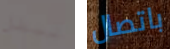
لبطل باتصال